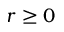
r \geq 0